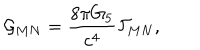
{ \cal G } _ { M N } = { \frac { 8 \pi G _ { 5 } } { c ^ { 4 } } } { \cal T } _ { M N } ,